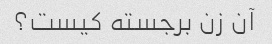
آن زن برجسته کیست؟